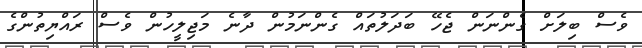
ވެސް ބިލަށް ގެންނަން ޖެހޭ ބަދަލުތައް ގެންނަމުން ދާނެ މަޖިލީހުން ވެސް ރައްޔިތުންގެ